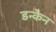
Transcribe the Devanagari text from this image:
डन्कैन